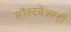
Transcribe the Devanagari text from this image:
सॉफ्टवेअरही